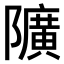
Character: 𨽏